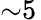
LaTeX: {\sim}5\,